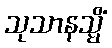
သုသာနသ္မိံ